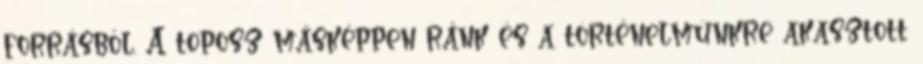
forrásból. A toposz másképpen ránk és a történelmünkre akasztott